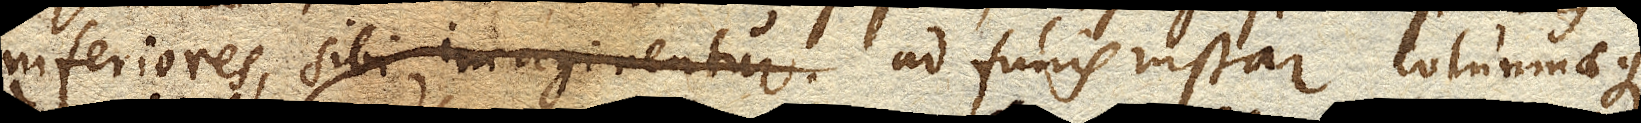
inferiores, ad funis instar columnaeque